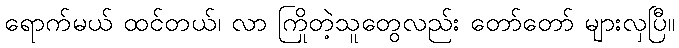
ရောက်မယ် ထင်တယ်၊ လာ ကြိုတဲ့သူတွေလည်း တော်တော် များလှပြီ။